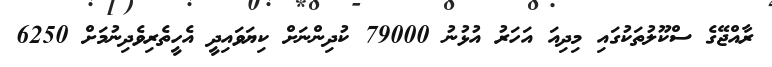
ރާއްޖޭގެ ސްކޫލުތަކުގައި މިދިއަ އަހަރު އުޅުނު 79000 ކުދިންނަށް ކިޔަވައިދީ އެހީތެރިވެދިނުމަށް 6250